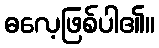
ဓလေ့ဖြစ်ပါ၏။